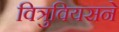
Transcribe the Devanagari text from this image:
वित्रुवियसने